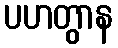
ပဟတွာန